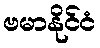
ဗမာနိုင်ငံ